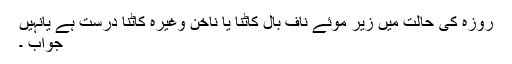
روزہ کی حالت میں زیر موئے ناف بال کاٹنا یا ناخن وغیرہ کاٹنا درست ہے یانہیں
جواب ۔